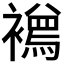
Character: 𧞌